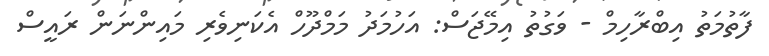
ފާތުމަތު އިބްރާހިމް - ވަގުތު އިމޭޖަސް: އަހުމަދު މަމްދޫހް އެކަނިވެރި މައިންނަން ރައީސް